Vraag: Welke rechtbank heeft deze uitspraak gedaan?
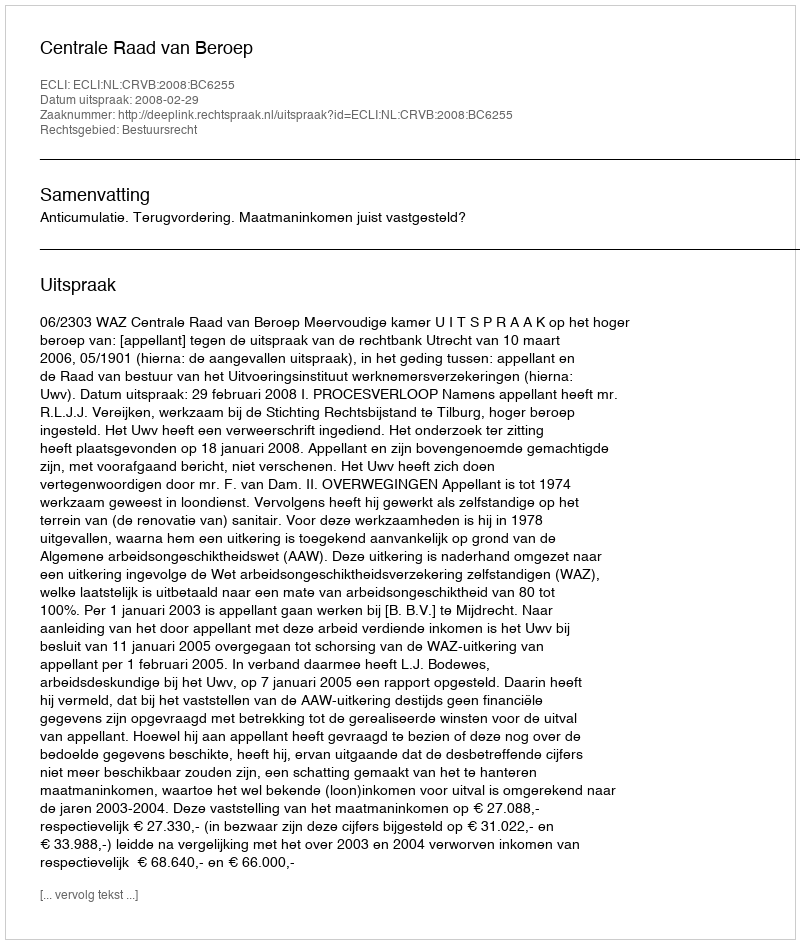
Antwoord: Centrale Raad van Beroep